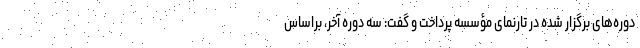
دوره‌های برگزار شده در تارنمای مؤسسه پرداخت و گفت: سه دوره آخر، براساس